Note on the mental hospitals in Burma - 1925-1940
Year: 1925
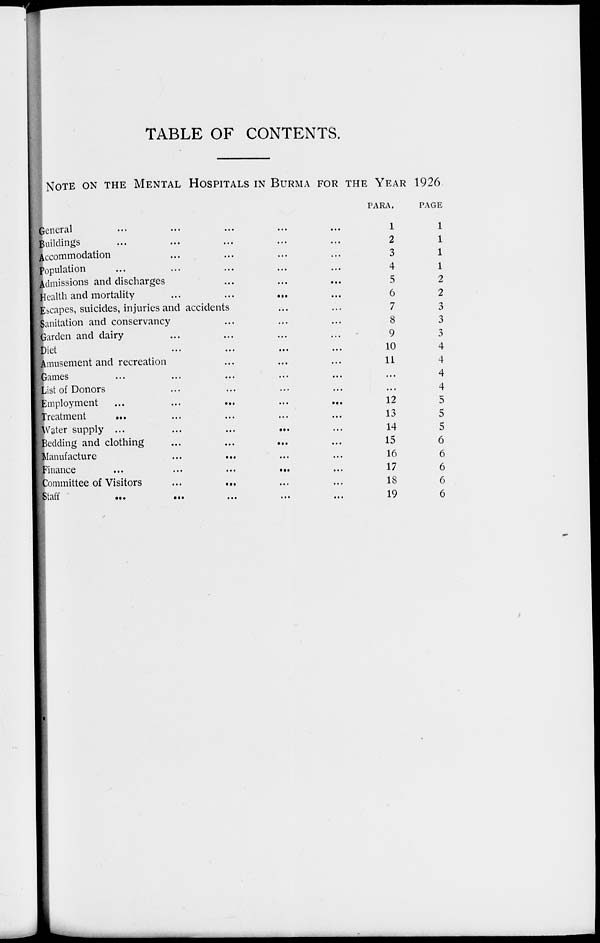
TABLE OF CONTENTS.
NOTE ON THE MENTAL HOSPITALS IN BURMA FOR THE YEAR 1926
General ... ... ... ... ...
Buildings ... ... ... ... ...
Accommodation ... ... ... ...
Population ... ... ... ... ...
Admissions and discharges ... ... ...
Health and mortality
...
...
...
...
...
Escapes, suicides, injuries and accidents ... ...
Sanitation and conservancy ... ... ...
Garden and dairy ... ... ... ...
Diet ... ... ... ...
Amusement and recreation ... ... ...
Games ... ... ... ... ...
List of Donors ... ... ... ...
Employment
...
...
...
...
...
Treatment ... ... ... ... ...
Water supply ... ... ... ... ...
Bedding and clothing ... ... ... ...
Manufacture ... ... ... ... ...
Finance
...
...
...
...
Committee of Visitors ... ... ... ... ...
Staff
...
...
...
...
...
PARA.
1
2
3
4
5
6
7
8
9
10
11
...
...
12
13
14
15
16
17
18
19
PAGE
1
1
1
1
2
2
3
3
3
4
4
4
4
5
5
5
6
6
6
6
6